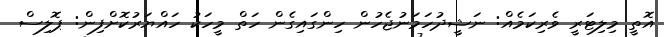
އޮތީ މިލިޓަރީ ވެރިކަމެއް: ނަޝީދުހަމަނުޖެހުން ހިންގައިގެން ހަތް މީހަކު ހައްޔަރުކޮށްފިން: ޕޮލިސް